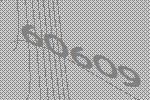
60609